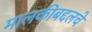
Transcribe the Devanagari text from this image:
मालकीबद्दलचे